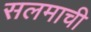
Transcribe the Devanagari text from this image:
सलमाची